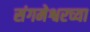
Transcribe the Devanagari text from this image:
संगमेश्वरच्या